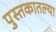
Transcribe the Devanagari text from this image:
पुस्‍तकातल्या